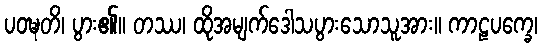
ပဝဍ္ဎတိ၊ ပွား၏။ တဿ၊ ထိုအမျက်ဒေါသပွားသောသူအား။ ကာဠပက္ခေ၊